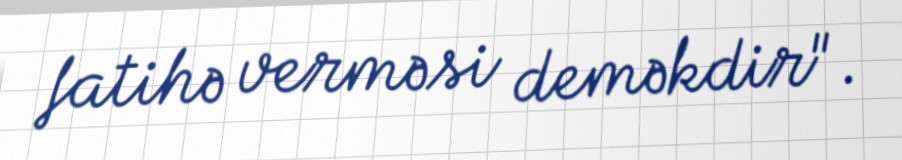
fatihə verməsi deməkdir".